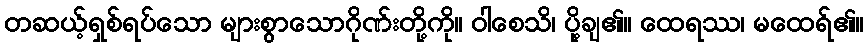
တဆယ့်ရှစ်ရပ်သော များစွာသောဂိုဏ်းတို့ကို။ ဝါစေသိ၊ ပို့ချ၏။ ထေရဿ၊ မထေရ်၏။